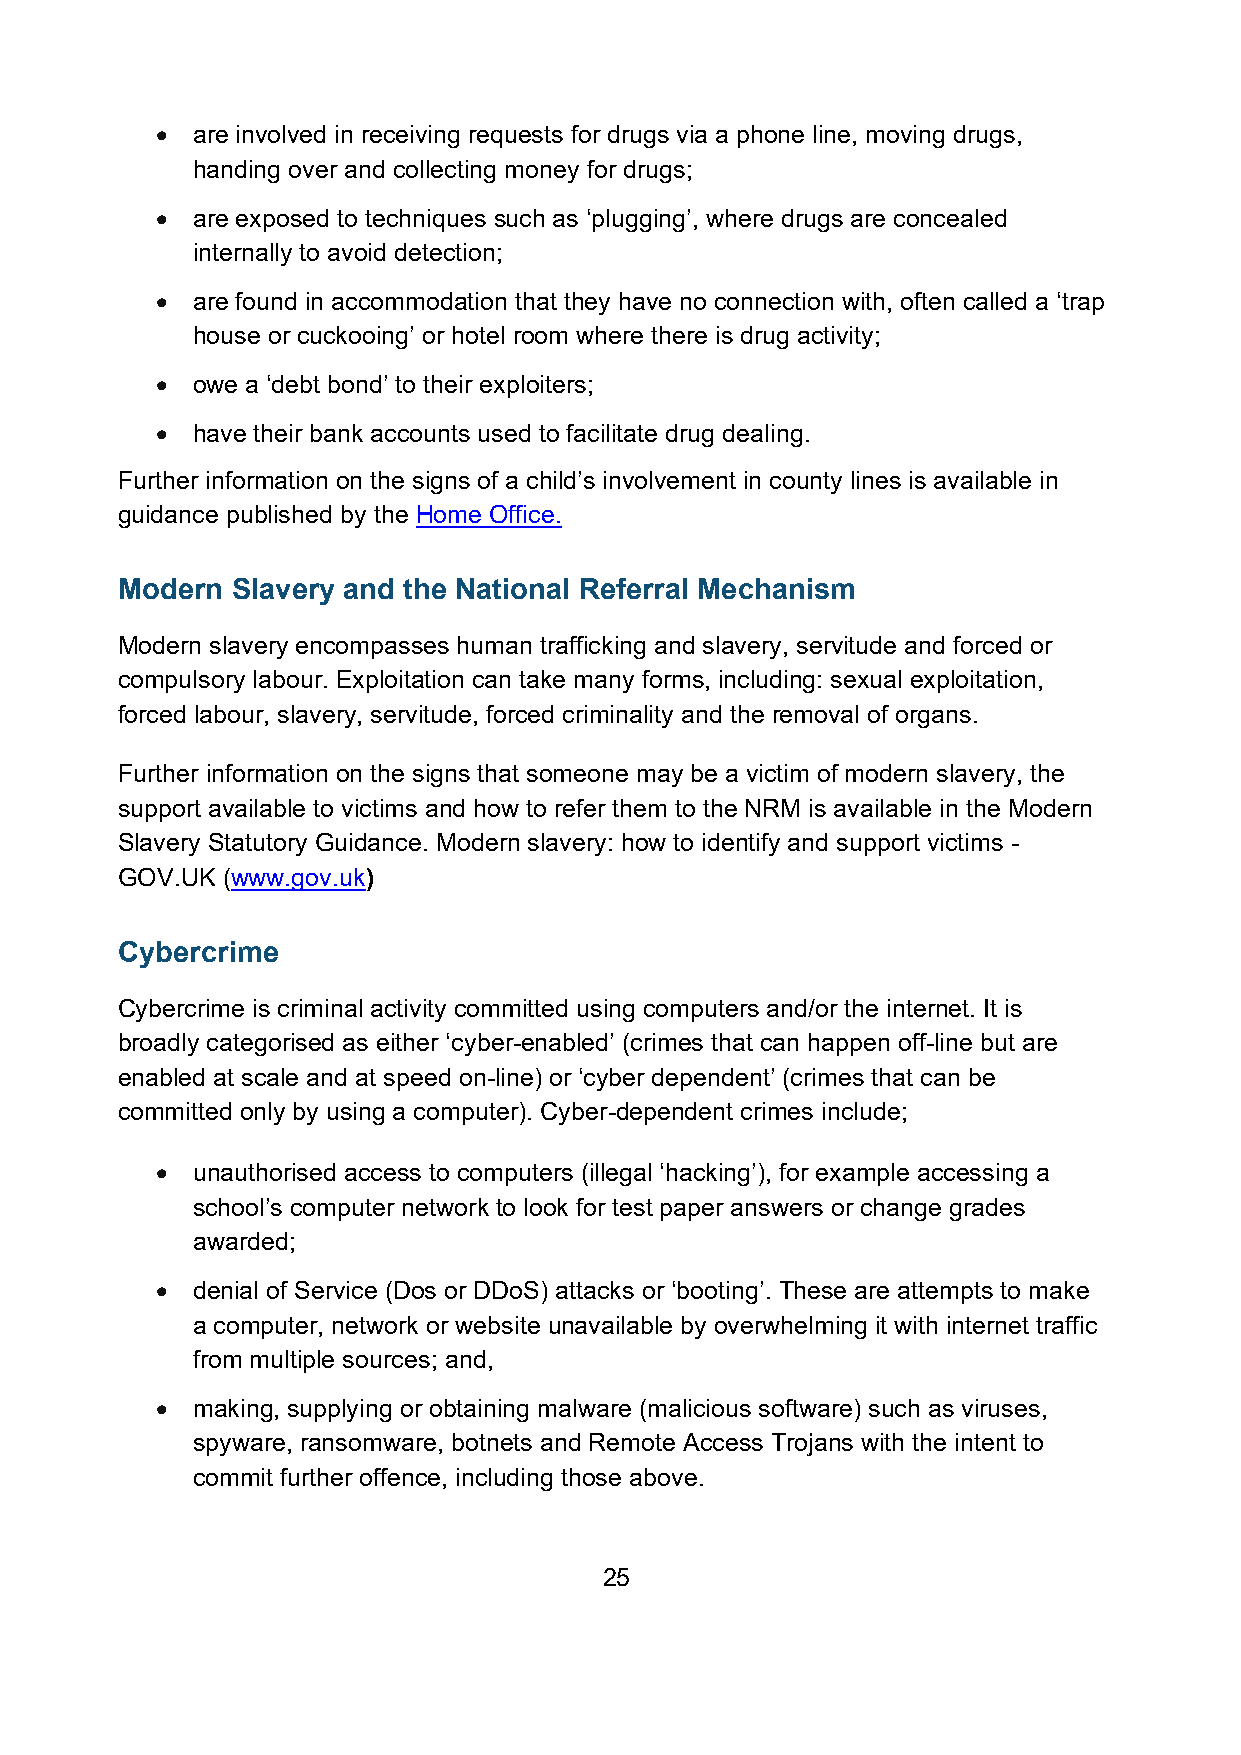
•  are involved in receiving requests for drugs via a phone line, moving drugs,
 handing over and collecting money for drugs;
 •  are exposed to techniques such as ‘plugging’, where drugs are concealed
 internally to avoid detection;
 •  are found in accommodation that they have no connection with, often called a ‘trap
 house or cuckooing’ or hotel room where there is drug activity;
 •  owe a ‘debt bond’ to their exploiters;
 •  have their bank accounts used to facilitate drug dealing.
 Further information on the signs of a child’s involvement in county lines is available in
 guidance published by the Home Office.
 Modern Slavery and the National Referral Mechanism
 Modern slavery encompasses human trafficking and slavery, servitude and forced or
 compulsory labour. Exploitation can take many forms, including: sexual exploitation,
 forced labour, slavery, servitude, forced criminality and the removal of organs.
 Further information on the signs that someone may be a victim of modern slavery, the
 support available to victims and how to refer them to the NRM is available in the Modern
 Slavery Statutory Guidance. Modern slavery: how to identify and support victims -
 GOV.UK (www.gov.uk)
 Cybercrime
 Cybercrime is criminal activity committed using computers and/or the internet. It is
 broadly categorised as either ‘cyber-enabled’ (crimes that can happen off-line but are
 enabled at scale and at speed on-line) or ‘cyber dependent’ (crimes that can be
 committed only by using a computer). Cyber-dependent crimes include;
 •  unauthorised access to computers (illegal ‘hacking’), for example accessing a
 school’s computer network to look for test paper answers or change grades
 awarded;
 •  denial of Service (Dos or DDoS) attacks or ‘booting’. These are attempts to make
 a computer, network or website unavailable by overwhelming it with internet traffic
 from multiple sources; and,
 •  making, supplying or obtaining malware (malicious software) such as viruses,
 spyware, ransomware, botnets and Remote Access Trojans with the intent to
 commit further offence, including those above.
 25